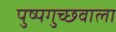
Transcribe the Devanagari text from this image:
पुष्पगुच्छवाला